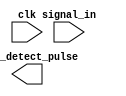
module edge_detector #(
    parameter WIDTH = 1
)(
    input clk,
    input [WIDTH-1:0] signal_in,
    output [WIDTH-1:0] edge_detect_pulse
);

    // TODO: Your code from Lab 3

endmodule